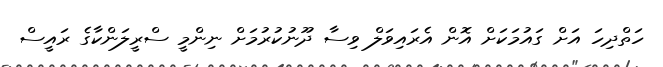
ހަތްދިހަ އަށް ގައުމަކަށް އޮން އެރައިވަލް ވިސާ ދޫނުކުރުމަށް ނިންމީ ސްރީލަންކާގެ ރައީސް